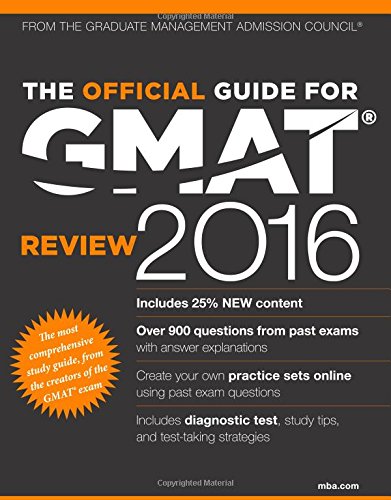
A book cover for The Official Guide for GMAT Review 2016 with Online Question Bank and Exclusive Video; GMAC (Graduate Management Admission Council); Test Preparation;